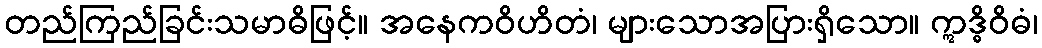
တည်ကြည်ခြင်းသမာဓိဖြင့်။ အနေကဝိဟိတံ၊ များသောအပြားရှိသော။ ဣဒ္ဓိဝိဓံ၊